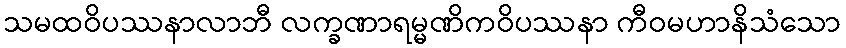
သမထဝိပဿနာလာဘီ လက္ခဏာရမ္မဏိကဝိပဿနာ ကီဝမဟာနိသံသော